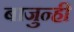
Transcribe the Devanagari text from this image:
बाजुन्ही